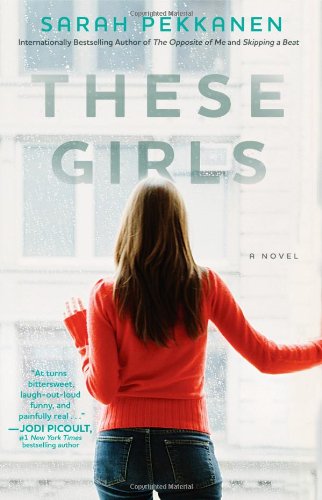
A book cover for These Girls: A Novel; Sarah Pekkanen; Literature & Fiction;